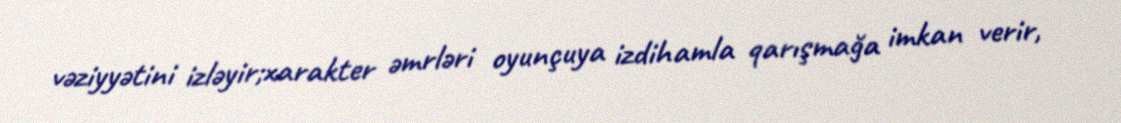
vəziyyətini izləyir;xarakter əmrləri oyunçuya izdihamla qarışmağa imkan verir,